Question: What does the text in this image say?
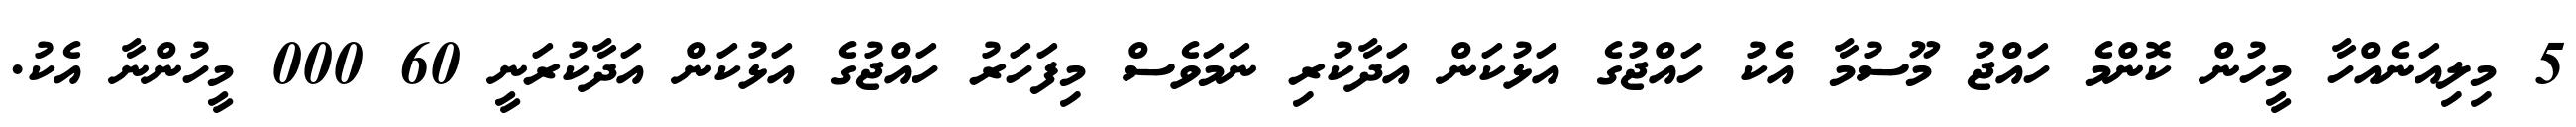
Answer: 5 މިލިއަނެއްހާ މީހުން ކޮންމެ ހައްޖު މޫސުމާ އެކު ހައްޖުގެ އަޅުކަން އަދާކުރި ނަމަވެސް މިފަހަރު ހައްޖުގެ އަޅުކަން އަދާކުރަނީ 60 000 މީހުންނާ އެކު.